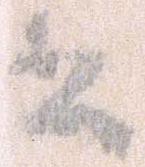
書